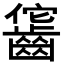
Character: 𪘕